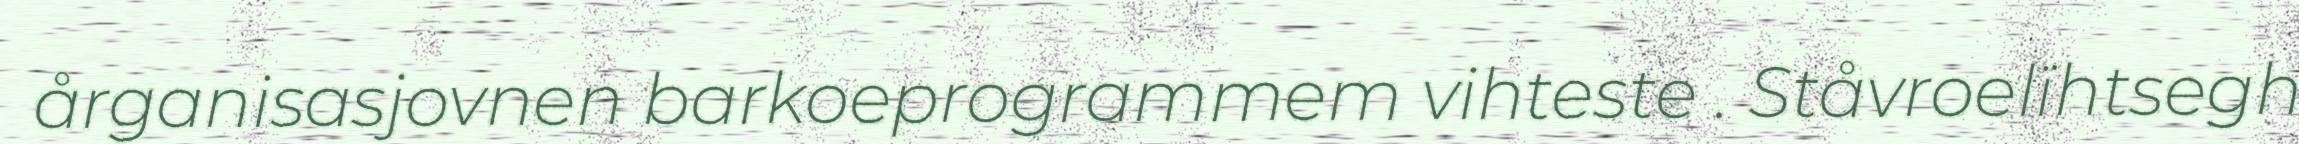
årganisasjovnen barkoeprogrammem vihteste . Ståvroelïhtsegh